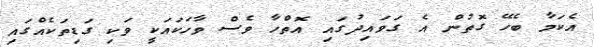
އެކަމާ ބެހޭ ގޮތުން އެ ގަވައިދުގައި އޮތްހާ ވެސް ވާހަކައަކީ ވަކި ގަޑިތަކެއްގައި